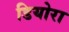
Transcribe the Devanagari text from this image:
डियोरा